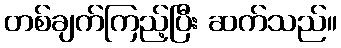
တစ်ချက်ကြည့်ပြီး ဆက်သည်။